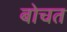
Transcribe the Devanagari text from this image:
बोचत